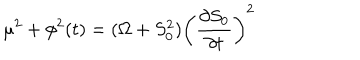
\mu ^ { 2 } + \phi ^ { 2 } ( t ) = ( \Omega + S _ { 0 } ^ { 2 } ) \left( { \frac { \partial S _ { 0 } } { \partial t } } \right) ^ { 2 }